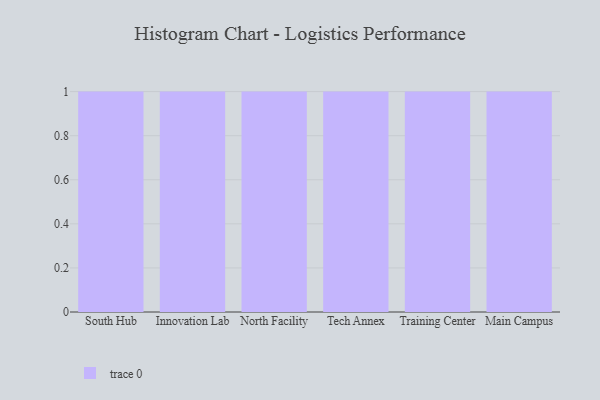
{"axis": {"x": "Campus", "y": "Revenue (USD Million)"}, "legend": [""], "data": [{"x": "South Hub", "y": 72, "type": ""}, {"x": "Innovation Lab", "y": 100, "type": ""}, {"x": "North Facility", "y": 47, "type": ""}, {"x": "Tech Annex", "y": 40, "type": ""}, {"x": "Training Center", "y": 15, "type": ""}, {"x": "Main Campus", "y": 79, "type": ""}]}